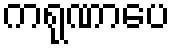
ကရုဏာပေ